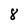
Character: 8